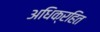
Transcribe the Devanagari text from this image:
अधिक्रहित